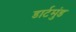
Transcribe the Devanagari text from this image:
डार्टमुंड